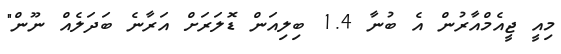
މިއީ ޖީއެމްއާރުން އެ ބުނާ 1.4 ބިލިއަން ޑޮލަރަށް އަރާނެ ބަދަލެއް ނޫން"